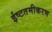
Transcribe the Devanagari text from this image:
ईष्टतमीकरण